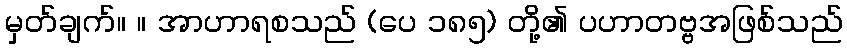
မှတ်ချက်။ ။ အာဟာရစသည် (ပေ ၁၈၅) တို့၏ ပဟာတဗ္ဗအဖြစ်သည်